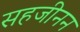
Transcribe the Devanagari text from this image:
सहजीनन